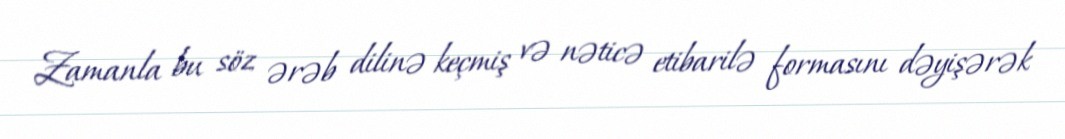
Zamanla bu söz ərəb dilinə keçmiş və nəticə etibarilə formasını dəyişərək